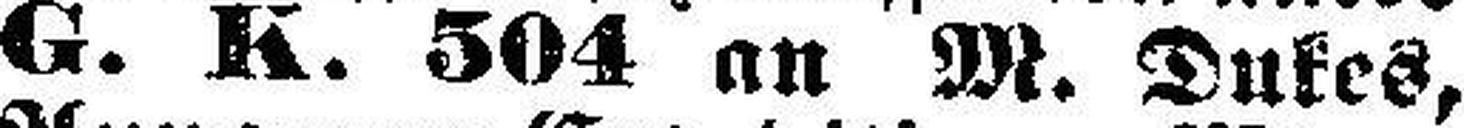
G. K. 504 an M. Dukes,